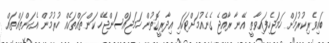
ބައިވެރިކުރުމަށް ހަމަޖެހިފައިވާތީ އޭނާ ރާއްޖެ ގެނެއުމަށްޓަކައި އިދާރީގޮތުން ހަމަޖައްސަންޖެހޭ ކަންތައްތަކެއް ހުރުމުން އެކަންތައްތައް